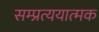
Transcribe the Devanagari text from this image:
सम्प्रत्ययात्मक